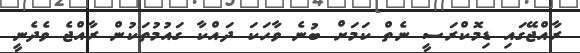
ރާއްޖޭގައި ޑިމޮކްރަސީ ނެތް ކަމަށް ބުނެ ވާހަކަ ދައްކާ ގައުމުތަކުން ރާއްޖެ ވެދެނީ